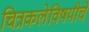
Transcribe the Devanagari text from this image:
चित्रकलेविषयीचे